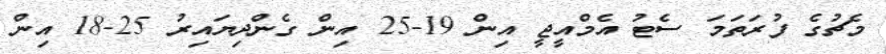
މެޗުގެ ފުރަތަމަ ސެޓު އެމްއީޖީ އިން 19-25 އިން ގެންދިޔައިރު 25-18 އިން